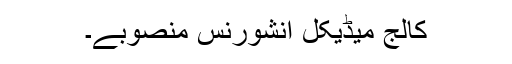
کالج میڈیکل انشورنس منصوبے۔